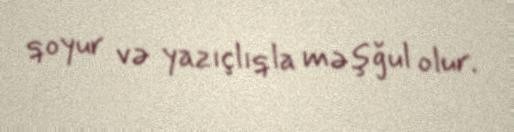
qoyur və yazıçlıqla məşğul olur.